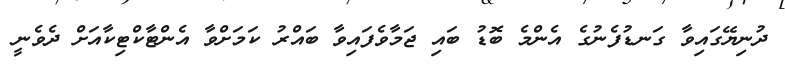
ދުނިޔޭގައިވާ ގަނޑުފެނުގެ އެންމެ ބޮޑު ބައި ޖަމާވެފައިވާ ބައްރު ކަމަށްވާ އެންޓާކްޓިކާއަށް ދެވެނީ